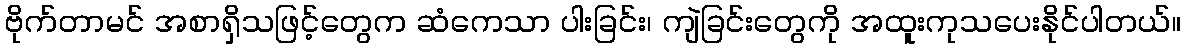
ဗိုက်တာမင် အစာရှိသဖြင့်တွေက ဆံကေသာ ပါးခြင်း၊ ကျဲခြင်းတွေကို အထူးကုသပေးနိုင်ပါတယ်။